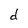
Character: d